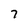
Character: 7